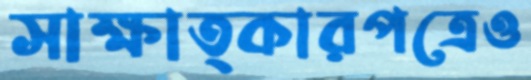
সাক্ষাত্কারপত্রেও